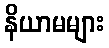
နိယာမများ